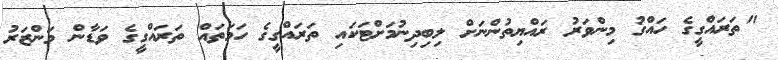
"ތަރައްގީގެ ހައްގު މިންވަރު ރައްޔިތުންނަށް ލިބިދިނުމަށްޓަކައި ތަރައްގީގެ ހަމަތައް ތަރައްގީގެ ވަޑާން މަންޒަރު